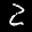
Label: 2